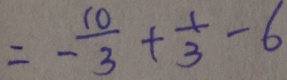
= - \frac { 1 0 } { 3 } + \frac { 1 } { 3 } - 6